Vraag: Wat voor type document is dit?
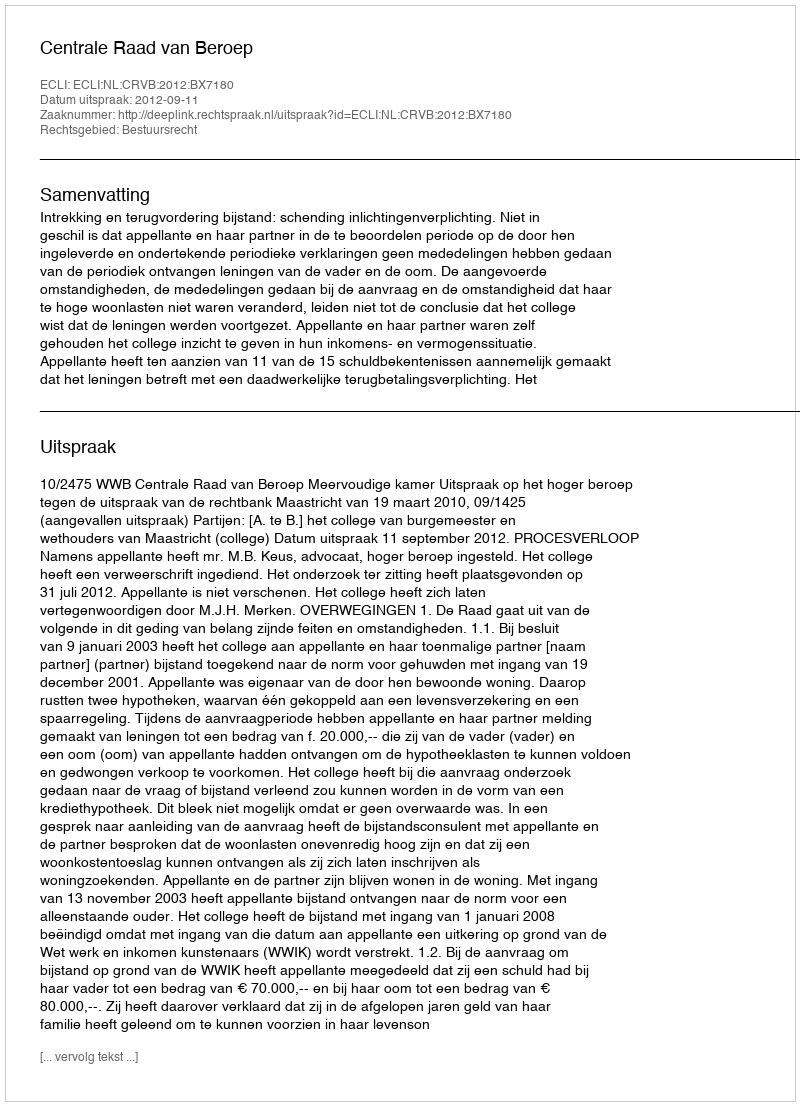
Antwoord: Uitspraak